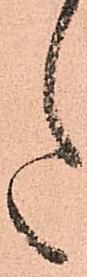
た